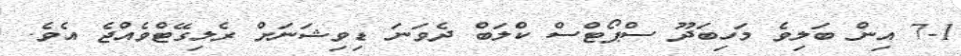
7-1 އިން ބަލިވެ މަހިބަދޫ ސްޕޯޓްސް ކްލަބް ދެވަނަ ޑިވިޝަނަށް ރެލިގޭޓްވެއްޖެ އެވެ.